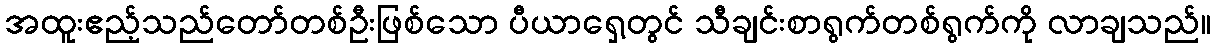
အထူးဧည့်သည်တော်တစ်ဦးဖြစ်သော ပီယာရှေ့တွင် သီချင်းစာရွက်တစ်ရွက်ကို လာချသည်။